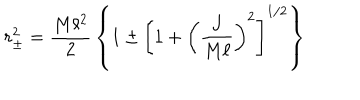
LaTeX: r _ { \pm } ^ { 2 } = { \frac { M \ell ^ { 2 } } { 2 } } \left\{ 1 \pm \left[ 1 + \left( { \frac { J } { M \ell } } \right) ^ { 2 } \right] ^ { 1 / 2 } \right\}